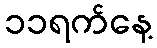
၁၁ရက်နေ့